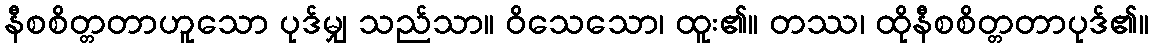
နီစစိတ္တတာဟူသော ပုဒ်မျှ သည်သာ။ ဝိသေသော၊ ထူး၏။ တဿ၊ ထိုနီစစိတ္တတာပုဒ်၏။